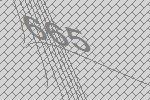
665